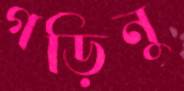
গড়িনু